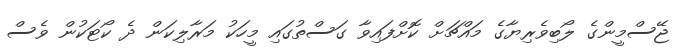
ޖޭސްމީންގެ ލޯބިވެރިޔާގެ މައްޗަށް ކޮށްފައިވާ ގަސްތުގައި މީހަކު މަރާލިކަން ދެ ކޯޓަކުން ވެސް